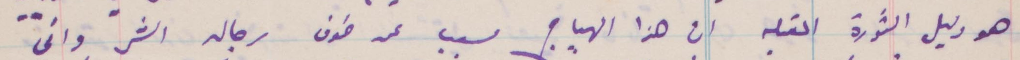
هو دليل الثورة اتعلم ان هذا الهياج سبب عن خوغ رجال الشر واني